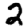
Digit: 2